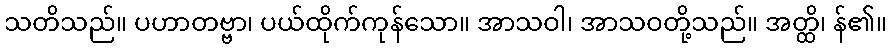
သတိသည်။ ပဟာတဗ္ဗာ၊ ပယ်ထိုက်ကုန်သော။ အာသဝါ၊ အာသဝတို့သည်။ အတ္ထိ၊ န်၏။